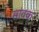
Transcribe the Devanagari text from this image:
सांवक्